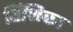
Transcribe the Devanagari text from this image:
विंशिका